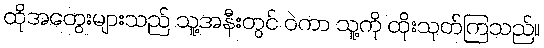
ထိုအတွေးများသည် သူ့အနီးတွင် ဝဲကာ သူ့ကို ထိုးသုတ်ကြသည်။